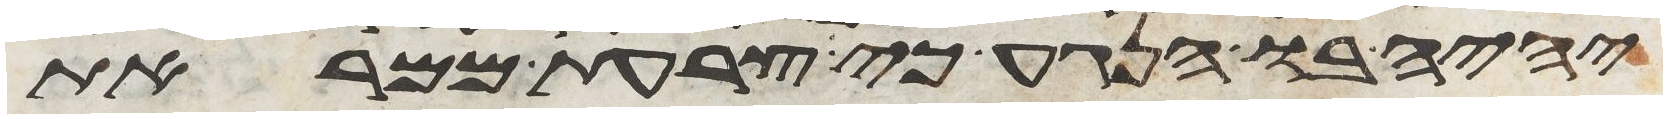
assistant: יהיה בו הנגע כי צרעת ממראת